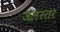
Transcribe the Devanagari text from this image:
जलस्‍तर